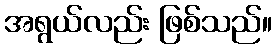
အရွယ်လည်း ဖြစ်သည်။